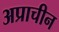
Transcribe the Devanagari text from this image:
अप्राचीन